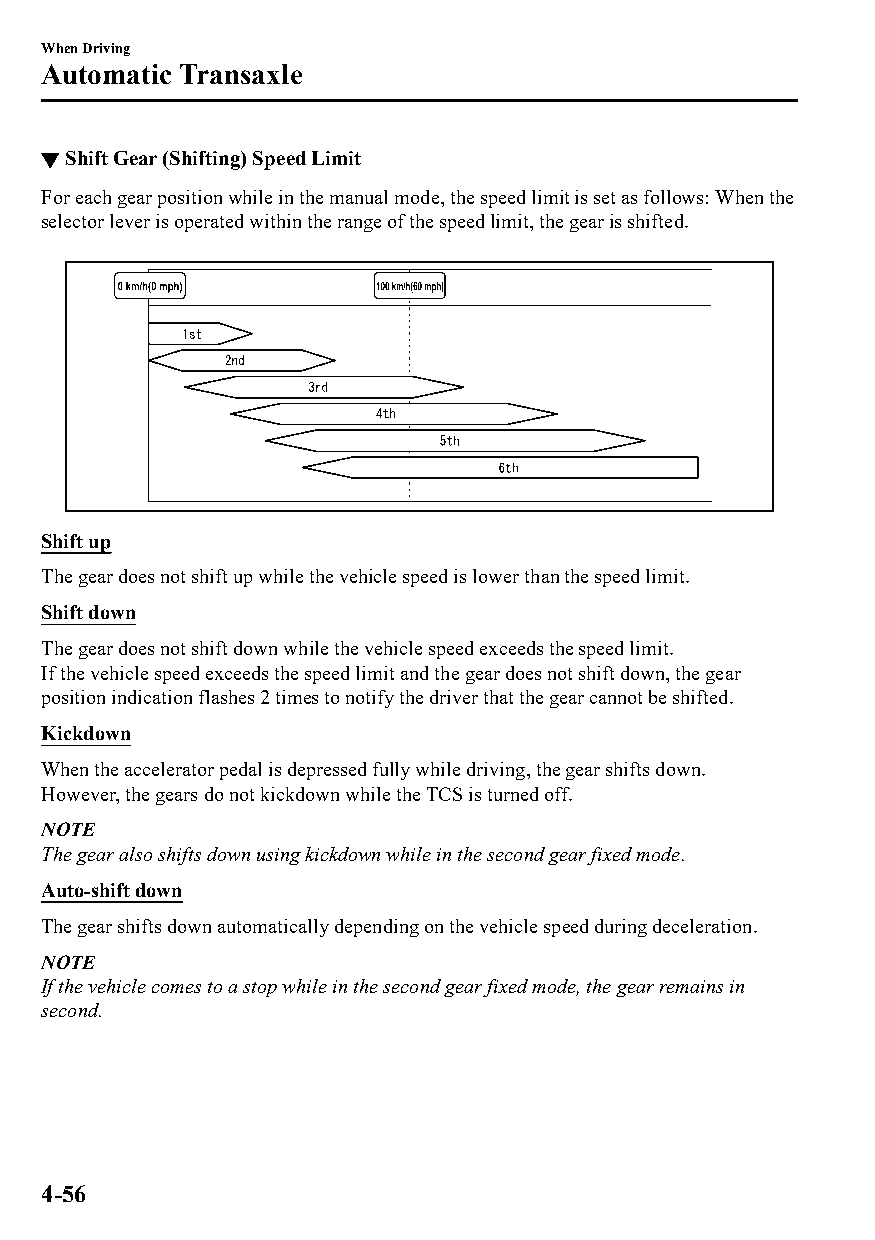
When Driving
 Automatic Transaxle
 ▼Shift Gear (Shifting) Speed Limit
 For each gear position while in the manual mode, the speed limit is set as follows: When the
 selector lever is operated within the range of the speed limit, the gear is shifted.
 Shift up
 The gear does not shift up while the vehicle speed is lower than the speed limit.
 Shift down
 The gear does not shift down while the vehicle speed exceeds the speed limit.
 If the vehicle speed exceeds the speed limit and the gear does not shift down, the gear
 position indication flashes 2 times to notify the driver that the gear cannot be shifted.
 Kickdown
 When the accelerator pedal is depressed fully while driving, the gear shifts down.
 However, the gears do not kickdown while the TCS is turned off.
 NOTE
 The gear also shifts down using kickdown while in the second gear fixed mode.
 Auto-shift down
 The gear shifts down automatically depending on the vehicle speed during deceleration.
 NOTE
 If the vehicle comes to a stop while in the second gear fixed mode, the gear remains in
 second.
 4-56
 CX-3_8GT4-EE-18D_Edition4                  2018-9-6 18:32:19